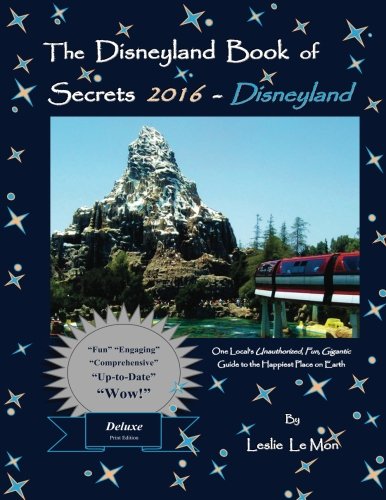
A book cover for The Disneyland Book of Secrets 2016 - Disneyland: One Local's Unauthorized, Fun, Gigantic Guide to the Happiest Place on Earth; Leslie Le Mon; Travel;